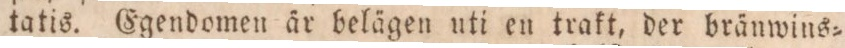
tatis. Egendomen är belägen uti en trakt, der bränwins=